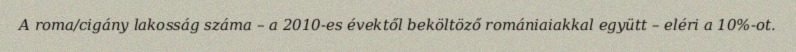
A roma/cigány lakosság száma – a 2010-es évektől beköltöző romániaiakkal együtt – eléri a 10%-ot.